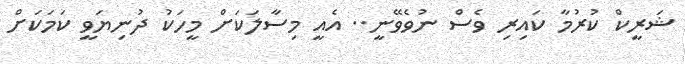
ޝަރީކް ކުރުމާ ކައިރި ވެސް ނުވެވޭނީ.. އެއީ މިސާލަކަށް މީހަކު ދުނިޔަވީ ކަމަކަށް